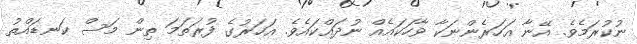
ނުކުރަމެވެ. އޭނާ އަހަރެންނަކާ ވާހަކައެއް ނުދައްކައެވެ. އަހަރުގެ ފުރަތަމަ ތިން މަސް ކަނޑައްތު